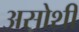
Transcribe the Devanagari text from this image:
असोशी